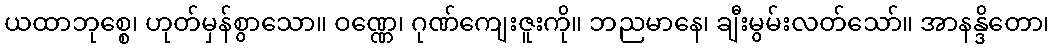
ယထာဘုစ္စေ၊ ဟုတ်မှန်စွာသော။ ဝဏ္ဏေ၊ ဂုဏ်ကျေးဇူးကို။ ဘညမာနေ၊ ချီးမွမ်းလတ်သော်။ အာနန္ဒိတော၊